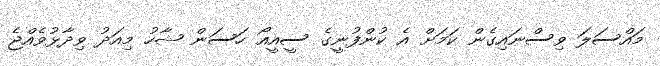
މައްސަލަ ވިސްނައިގެން ކަމަށް އެ ކުންފުނީގެ ސީއީއޯ ހަސަން ޝާހު މިއަދު ވިދާޅުވެއްޖެ